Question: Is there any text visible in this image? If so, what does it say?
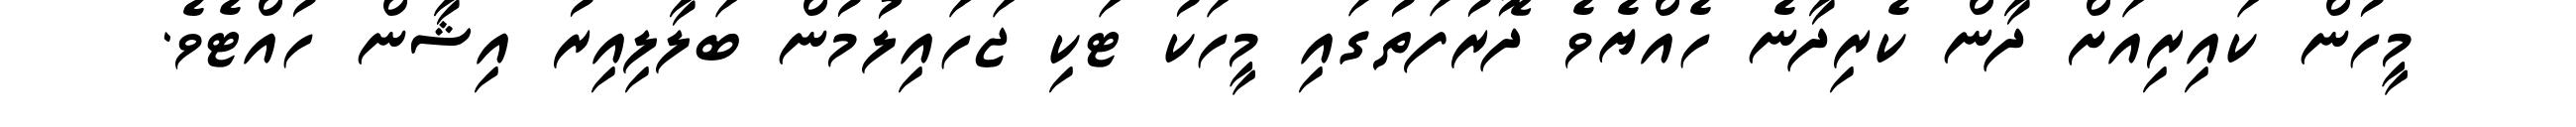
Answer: މީހުން ކައިރިއަށް ދާން ކެރިދާނެ ހެއްޔެވެ ދޮރުފަތުގައި މީހަކު ޓަކި ޖަހައިލުމުން ބަލާލިއިރު އިޝާން ހުއްޓެވެ.